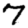
Digit: 7